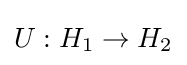
U:H_{1}\to H_{2}